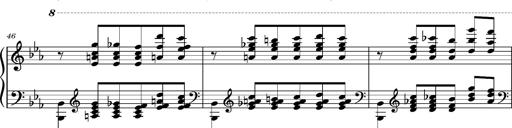
Title: PrÃ©ludes et Harmonies poÃ©tiques et religieuses
Composer: Franz Liszt